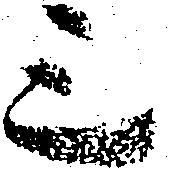
三